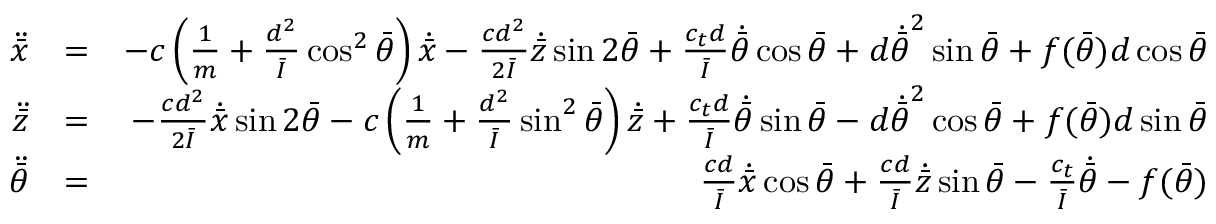
\begin{array} { r l r } { \ddot { \bar { x } } } & { = } & { - c \left( \frac { 1 } { m } + \frac { d ^ { 2 } } { \bar { I } } \cos ^ { 2 } \bar { \theta } \right) \dot { \bar { x } } - \frac { c d ^ { 2 } } { 2 \bar { I } } \dot { \bar { z } } \sin 2 \bar { \theta } + \frac { c _ { t } d } { \bar { I } } \dot { \bar { \theta } } \cos \bar { \theta } + d \dot { \bar { \theta } } ^ { 2 } \sin \bar { \theta } + f ( \bar { \theta } ) d \cos \bar { \theta } } \\ { \ddot { \bar { z } } } & { = } & { - \frac { c d ^ { 2 } } { 2 \bar { I } } \dot { \bar { x } } \sin 2 \bar { \theta } - c \left( \frac { 1 } { m } + \frac { d ^ { 2 } } { \bar { I } } \sin ^ { 2 } \bar { \theta } \right) \dot { \bar { z } } + \frac { c _ { t } d } { \bar { I } } \dot { \bar { \theta } } \sin \bar { \theta } - d \dot { \bar { \theta } } ^ { 2 } \cos \bar { \theta } + f ( \bar { \theta } ) d \sin \bar { \theta } } \\ { \ddot { \bar { \theta } } } & { = } & { \frac { c d } { \bar { I } } \dot { \bar { x } } \cos \bar { \theta } + \frac { c d } { \bar { I } } \dot { \bar { z } } \sin \bar { \theta } - \frac { c _ { t } } { \bar { I } } \dot { \bar { \theta } } - f ( \bar { \theta } ) } \end{array}